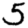
Digit: 5